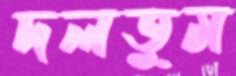
দলতুম